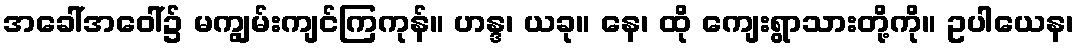
အခေါ်အဝေါ်၌ မကျွမ်းကျင်ကြကုန်။ ဟန္ဒ၊ ယခု။ နေ၊ ထို ကျေးရွာသားတို့ကို။ ဥပါယေန၊